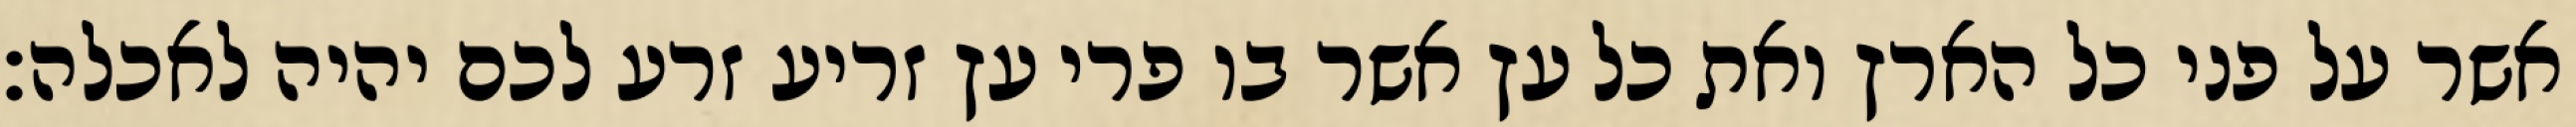
אשר על פני כל הארץ ואת כל עץ אשר בו פרי עץ זריע זרע לכם יהיה לאכלה׃